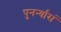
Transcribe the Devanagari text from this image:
पुनर्न्यासं